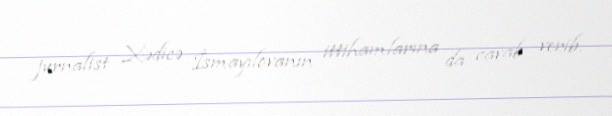
jurnalist Xədicə İsmayılovanın ittihamlarına da cavab verib.